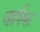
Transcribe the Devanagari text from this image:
वार्षक